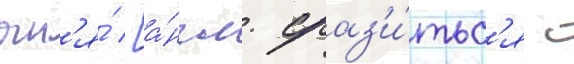
огн'я́ [а́нгл. сраз'и́тьс'я с